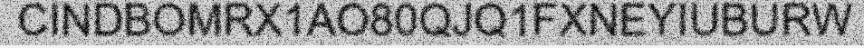
CINDBOMRX1AO80QJQ1FXNEYIUBURW